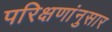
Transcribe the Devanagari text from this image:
परिक्षणांनुसार